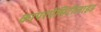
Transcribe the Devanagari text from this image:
कापरऐसिटीलाइड